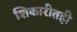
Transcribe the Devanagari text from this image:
शिकारीतही